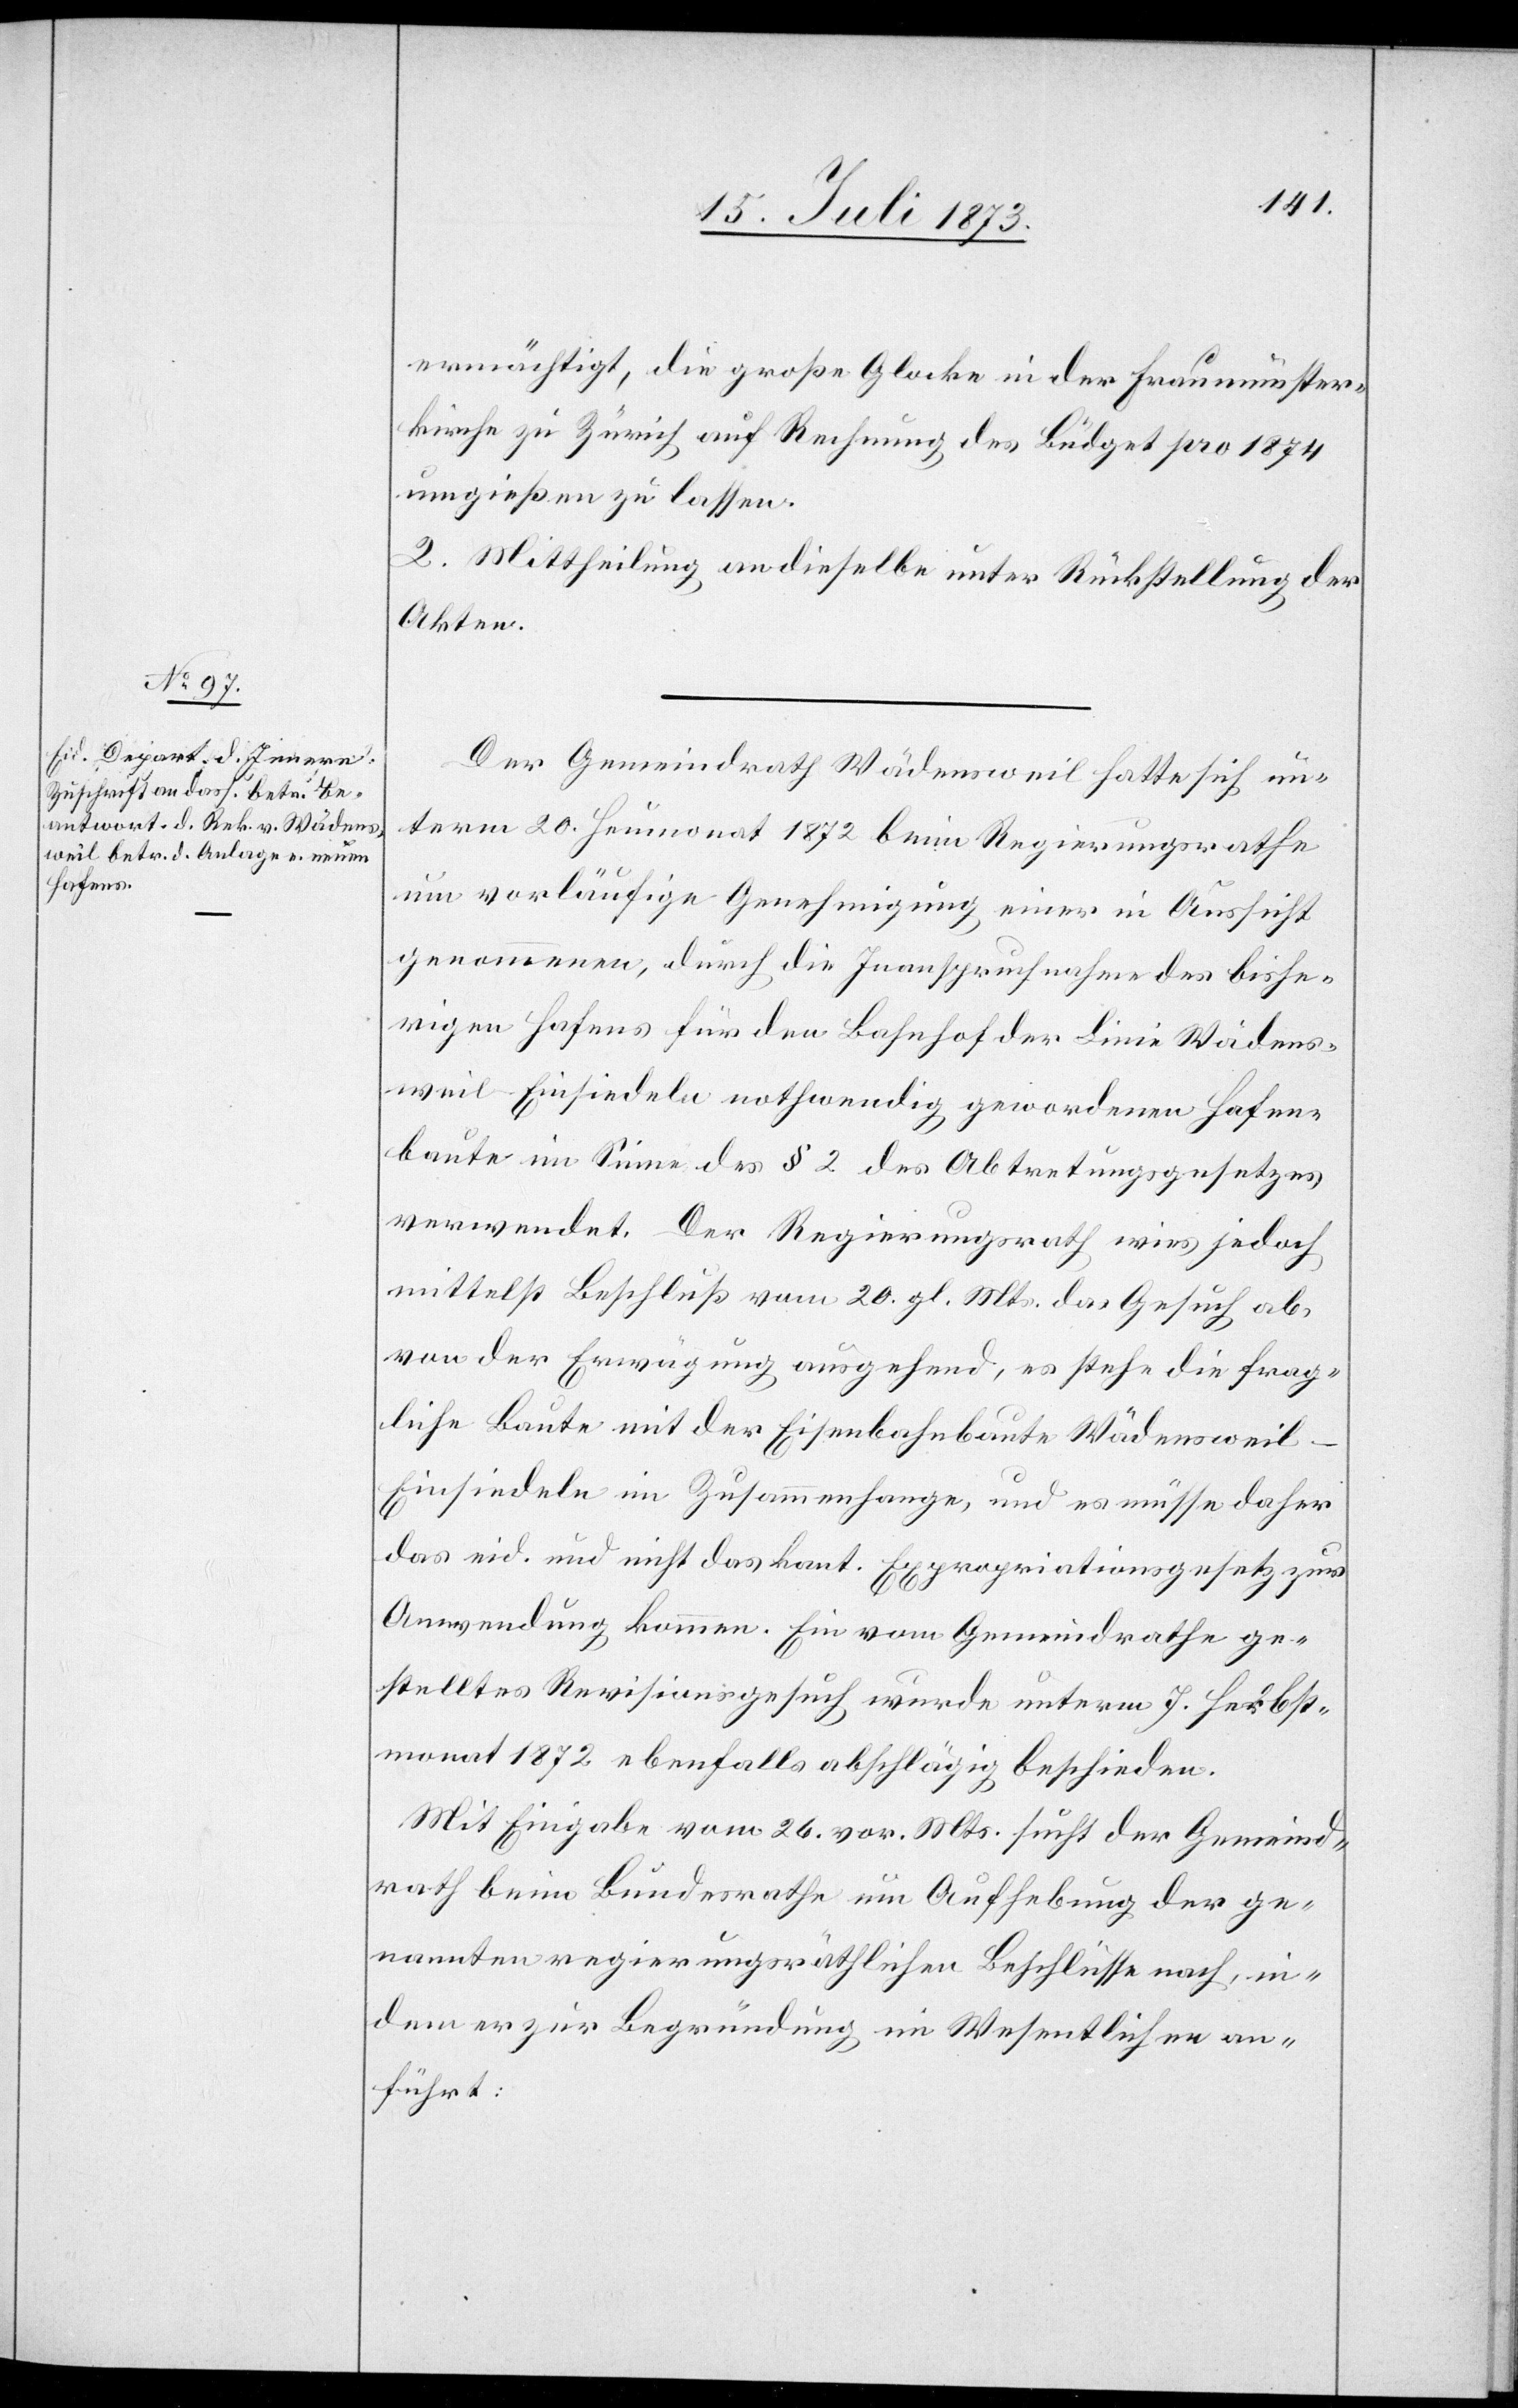
ermächtigt, die große Glocke in der Fraumünster¬
kirche zu Zürich auf Rechnung des Büdget pro 1874
umgießen zu lassen.
2. Mittheilung an dieselbe unter Rückstellung der
Akten.
Der Gemeindrath Wädensweil hatte sich un¬
term 20. Heumonat 1872 beim Regierungsrathe
um vorläufige Genehmigung einer in Aussicht
genommenen, durch die Inanspruchnahme des bishe¬
rigen Hafens für den Bahnhof der Linie Wädens¬
weil–Einsiedeln nothwendig gewordenen Hafen¬
baute im Sinne des § 2 des Abtretungsgesetzes
verwendet. Der Regierungsrath wies jedoch
mittelst Beschluß vom 20. gl. Mts. das Gesuch ab,
von der Erwägung ausgehend, es stehe die frag¬
liche Baute mit der Eisenbahnbaute Wädensweil–E¬
insiedeln im Zusammenhange, und es müsse daher
das eid. und nicht das kant. Expropriationsgesetz zur
Anwendung kommen. Ein vom Gemeindrathe ge¬
stelltes Revisionsgesuch wurde unterm 7. Herbst¬
monat 1872 ebenfalls abschlägig beschieden.
Mit Eingabe vom 26. vor. Mts. sucht der Gemeind¬
rath beim Bundesrathe um Aufhebung der ge¬
nannten regierungsräthlichen Beschlüsse nach, in¬
dem er zur Begründung im Wesentlichen an¬
führt: